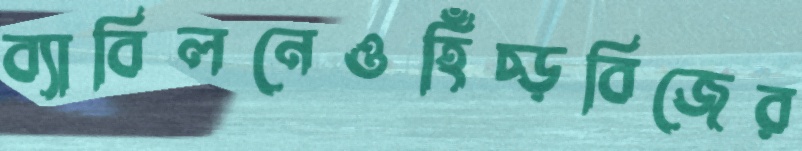
ব্যাবিলনেওহিঁচ্‌ড়বিজের